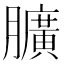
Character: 𦢎